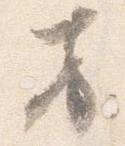
方